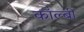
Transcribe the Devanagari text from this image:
कॉल्बी